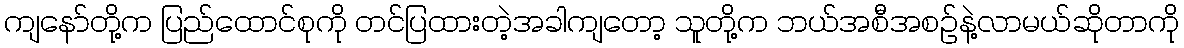
ကျနော်တို့က ပြည်ထောင်စုကို တင်ပြထားတဲ့အခါကျတော့ သူတို့က ဘယ်အစီအစဉ်နဲ့လာမယ်ဆိုတာကို